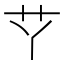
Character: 𱽋